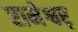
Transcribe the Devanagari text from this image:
रामेश्वर्